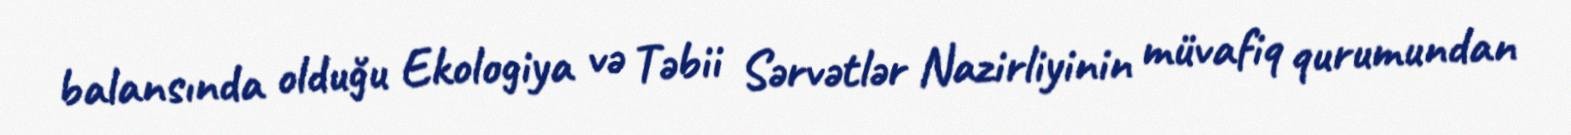
balansında olduğu Ekologiya və Təbii Sərvətlər Nazirliyinin müvafiq qurumundan